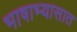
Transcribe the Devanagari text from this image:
भाषाभ्यासात